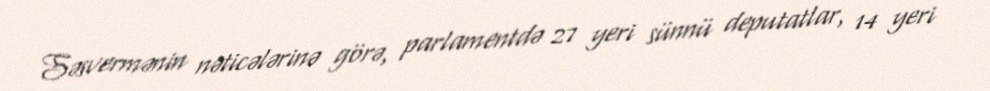
Səsvermənin nəticələrinə görə, parlamentdə 27 yeri sünnü deputatlar, 14 yeri